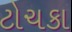
ટોચકા